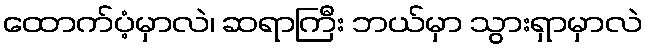
ထောက်ပံ့မှာလဲ၊ ဆရာကြီး ဘယ်မှာ သွားရှာမှာလဲ